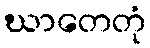
ဃာတေတုံ